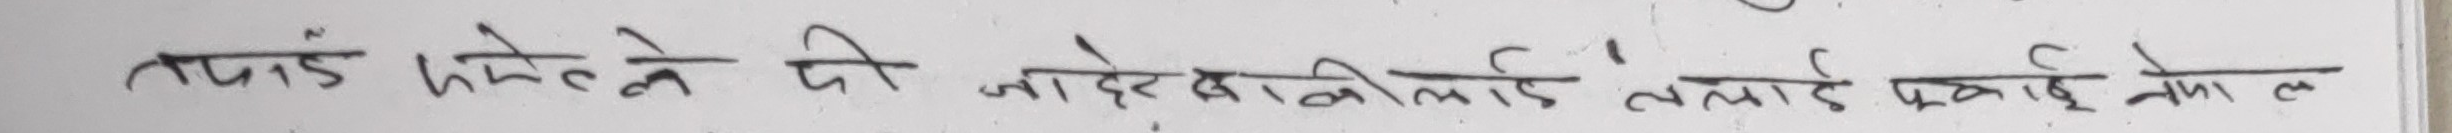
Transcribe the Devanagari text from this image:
तपाईं फलले की जोडेर बाकीलाई तललाई एकाई सेवा ल